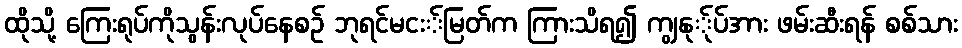
ထိုသို့ ကြေးရုပ်ကိုသွန်းလုပ်နေစဉ် ဘုရင်မငး်မြတ်က ကြားသိရ၍ ကျွနု်ုပ်အား ဖမ်းဆီးရန် စစ်သား